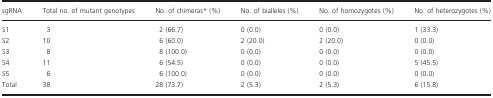
<table><thead><tr><td><b>sgRNA</b></td><td><b>Total no. of mutant genotypes</b></td><td><b>No. of chimerasa (%)</b></td><td><b>No. of bialleles (%)</b></td><td><b>No. of homozygotes (%)</b></td><td><b>No. of heterozygotes (%)</b></td></tr></thead><tbody><tr><td>S1</td><td>3</td><td>2 (66.7)</td><td>0 (0.0)</td><td>0 (0.0)</td><td>1 (33.3)</td></tr><tr><td>S2</td><td>10</td><td>6 (60.0)</td><td>2 (20.0)</td><td>2 (20.0)</td><td>0 (0.0)</td></tr><tr><td>S3</td><td>8</td><td>8 (100.0)</td><td>0 (0.0)</td><td>0 (0.0)</td><td>0 (0.0)</td></tr><tr><td>S4</td><td>11</td><td>6 (54.5)</td><td>0 (0.0)</td><td>0 (0.0)</td><td>5 (45.5)</td></tr><tr><td>S5</td><td>6</td><td>6 (100.0)</td><td>0 (0.0)</td><td>0 (0.0)</td><td>0 (0.0)</td></tr><tr><td>Total</td><td>38</td><td>28 (73.7)</td><td>2 (5.3)</td><td>2 (5.3)</td><td>6 (15.8)</td></tr></tbody></table>